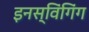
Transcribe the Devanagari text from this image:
इनस्विंगिंग